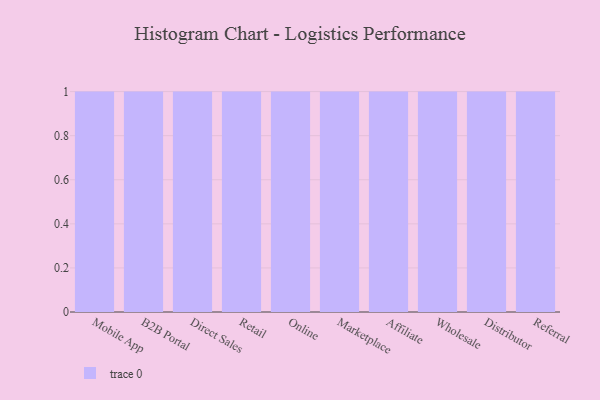
{"axis": {"x": "Channel", "y": "Market Share (%)"}, "legend": [""], "data": [{"x": "Mobile App", "y": 44, "type": ""}, {"x": "B2B Portal", "y": 8, "type": ""}, {"x": "Direct Sales", "y": 15, "type": ""}, {"x": "Retail", "y": 59, "type": ""}, {"x": "Online", "y": 70, "type": ""}, {"x": "Marketplace", "y": 4, "type": ""}, {"x": "Affiliate", "y": 86, "type": ""}, {"x": "Wholesale", "y": 10, "type": ""}, {"x": "Distributor", "y": 4, "type": ""}, {"x": "Referral", "y": 30, "type": ""}]}